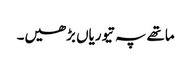
ماتھے پہ تیوریاں بڑھیں۔